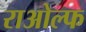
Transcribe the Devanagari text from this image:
राओल्फ